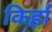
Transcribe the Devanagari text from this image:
किर्हा